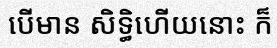
បើមាន សិទ្ធិហើយនោះ ក៏